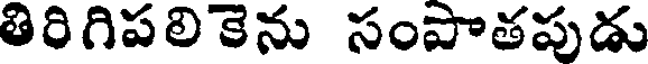
తిరిగిపలికెను సంపాతపుడు